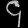
Digit: ၄